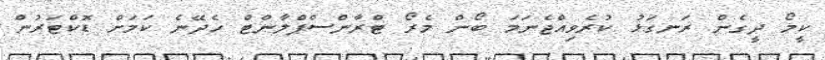
ކީމޯ ދީގެން ރަނގަޅު ކުރެވިއްޖެނަމަ ބޯން މެރޯ ޓްރާންސްޕްލާންޓް ހެދޭނެ ކަމަށް ޑޮކްޓަރުން